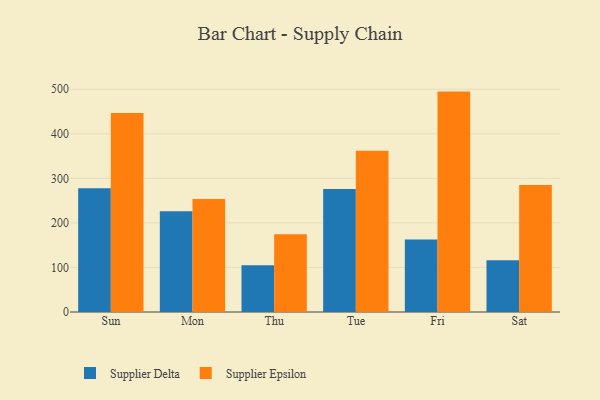
{"axis": {"x": "Day", "y": "Waste Production (Tons)"}, "legend": ["Supplier Delta", "Supplier Epsilon"], "data": [{"x": "Sun", "y": 278.0, "type": "Supplier Delta"}, {"x": "Sun", "y": 446.7, "type": "Supplier Epsilon"}, {"x": "Mon", "y": 226.3, "type": "Supplier Delta"}, {"x": "Mon", "y": 253.7, "type": "Supplier Epsilon"}, {"x": "Thu", "y": 104.9, "type": "Supplier Delta"}, {"x": "Thu", "y": 174.6, "type": "Supplier Epsilon"}, {"x": "Tue", "y": 276.0, "type": "Supplier Delta"}, {"x": "Tue", "y": 361.9, "type": "Supplier Epsilon"}, {"x": "Fri", "y": 162.9, "type": "Supplier Delta"}, {"x": "Fri", "y": 494.8, "type": "Supplier Epsilon"}, {"x": "Sat", "y": 115.9, "type": "Supplier Delta"}, {"x": "Sat", "y": 285.0, "type": "Supplier Epsilon"}]}